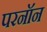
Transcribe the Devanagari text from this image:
परनॉन